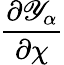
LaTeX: \frac{\partial{\mathscr Y}_{\alpha}}{\partial\chi}